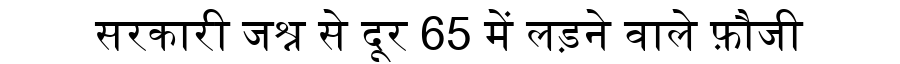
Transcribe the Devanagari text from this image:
सरकारी जश्न से दूर 65 में लड़ने वाले फ़ौजी